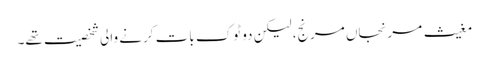
مغیث مرنجاں مرنج، لیکن دو ٹوک بات کرنے والی شخصیت تھے۔